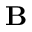
\textbf { B }